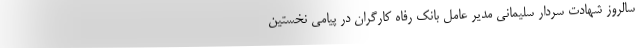
سالروز شهادت سردار سلیمانی مدیر عامل بانک رفاه کارگران در پیامی نخستین